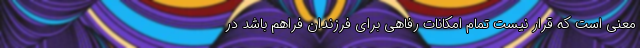
معنی است که قرار نیست تمام امکانات رفاهی برای فرزندان فراهم باشد در